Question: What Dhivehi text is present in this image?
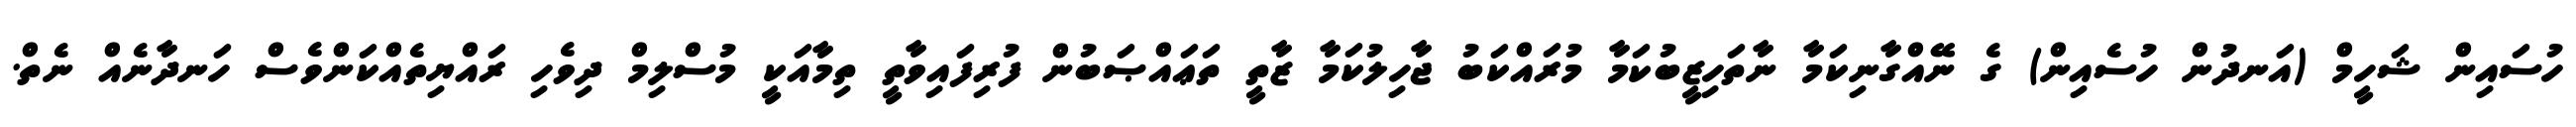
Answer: ހުސައިން ޝަހީމް (އަނދުން ހުސެއިން) ގެ ނޭއްގާނިކަމާ ނާތަހިޒީބުކަމާ މުރައްކަބު ޖާހިލުކަމާ ޒާތީ ތަޢައްޞަބުން ފުރިފައިވާތީ ތިމާއަކީ މުސްލިމް ދިވެހި ރައްޔިތެއްކަންވެސް ހަނދާނެއް ނެތް.